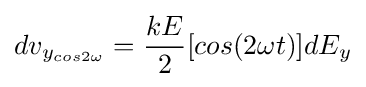
dv_{y_{cos2\omega }}={\frac {kE}{2}}[cos(2\omega t)]dE_{y}